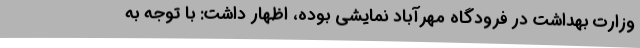
وزارت بهداشت در فرودگاه مهرآباد نمایشی بوده، اظهار داشت: با توجه به